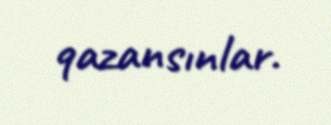
qazansınlar.